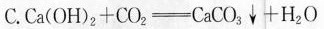
C. $$Ca(OH)_{2}+CO_{2} \xlongequal[]{} CaCO _{3} \downarrow+H_{2}O$$